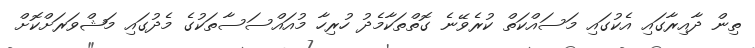
ތިން ދާއިރާގައި އެކުގައި މަސައްކަތް ކުރެވޭނެ ގޮތްތަކާމެދު ހުރިހާ މުއައްސަސާތަކުގެ މެދުގައި މަޝްވަރަށްކޮށް